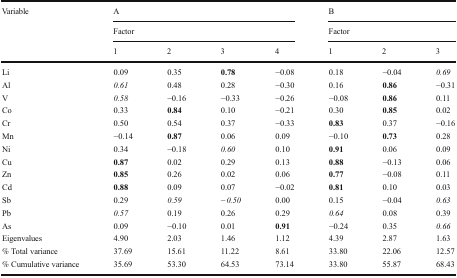
<table><thead><tr><td rowspan="3"><b>Variable</b></td><td colspan="4"><b>A</b></td><td colspan="3"><b>B</b></td></tr><tr><td colspan="4"><b>Factor</b></td><td colspan="3"><b>Factor</b></td></tr><tr><td><b>1</b></td><td><b>2</b></td><td><b>3</b></td><td><b>4</b></td><td><b>1</b></td><td><b>2</b></td><td><b>3</b></td></tr></thead><tbody><tr><td>Li</td><td>0.09</td><td>0.35</td><td><b>0.78</b></td><td>−0.08</td><td>0.18</td><td>−0.04</td><td><i>0.69</i></td></tr><tr><td>Al</td><td><i>0.61</i></td><td>0.48</td><td>0.28</td><td>−0.30</td><td>0.16</td><td><b>0.86</b></td><td>−0.31</td></tr><tr><td>V</td><td><i>0.58</i></td><td>−0.16</td><td>−0.33</td><td>−0.26</td><td>−0.08</td><td><b>0.86</b></td><td>0.11</td></tr><tr><td>Co</td><td>0.33</td><td><b>0.84</b></td><td>0.10</td><td>−0.21</td><td>0.30</td><td><b>0.85</b></td><td>0.02</td></tr><tr><td>Cr</td><td>0.50</td><td>0.54</td><td>0.37</td><td>−0.33</td><td><b>0.83</b></td><td>0.37</td><td>−0.16</td></tr><tr><td>Mn</td><td>−0.14</td><td><b>0.87</b></td><td>0.06</td><td>0.09</td><td>−0.10</td><td><b>0.73</b></td><td>0.28</td></tr><tr><td>Ni</td><td>0.34</td><td>−0.18</td><td><i>0.60</i></td><td>0.10</td><td><b>0.91</b></td><td>0.06</td><td>0.09</td></tr><tr><td>Cu</td><td><b>0.87</b></td><td>0.02</td><td>0.29</td><td>0.13</td><td><b>0.88</b></td><td>−0.13</td><td>0.06</td></tr><tr><td>Zn</td><td><b>0.85</b></td><td>0.26</td><td>0.02</td><td>0.06</td><td><b>0.77</b></td><td>−0.08</td><td>0.11</td></tr><tr><td>Cd</td><td><b>0.88</b></td><td>0.09</td><td>0.07</td><td>−0.02</td><td><b>0.81</b></td><td>0.10</td><td>0.03</td></tr><tr><td>Sb</td><td>0.29</td><td><i>0.59</i></td><td><i>−0.50</i></td><td>0.00</td><td>0.15</td><td>−0.04</td><td><i>0.63</i></td></tr><tr><td>Pb</td><td><i>0.57</i></td><td>0.19</td><td>0.26</td><td>0.29</td><td><i>0.64</i></td><td>0.08</td><td>0.39</td></tr><tr><td>As</td><td>0.09</td><td>−0.10</td><td>0.01</td><td><b>0.91</b></td><td>−0.24</td><td>0.35</td><td><i>0.66</i></td></tr><tr><td>Eigenvalues</td><td>4.90</td><td>2.03</td><td>1.46</td><td>1.12</td><td>4.39</td><td>2.87</td><td>1.63</td></tr><tr><td>% Total variance</td><td>37.69</td><td>15.61</td><td>11.22</td><td>8.61</td><td>33.80</td><td>22.06</td><td>12.57</td></tr><tr><td>% Cumulative variance</td><td>35.69</td><td>53.30</td><td>64.53</td><td>73.14</td><td>33.80</td><td>55.87</td><td>68.43</td></tr></tbody></table>